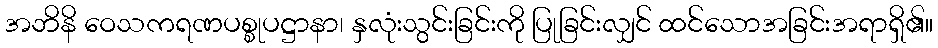
အဘိနိ ဝေသကရဏပစ္စုပဋ္ဌာနာ၊ နှလုံးသွင်းခြင်းကို ပြုခြင်းလျှင် ထင်သောအခြင်းအရာရှိ၏။